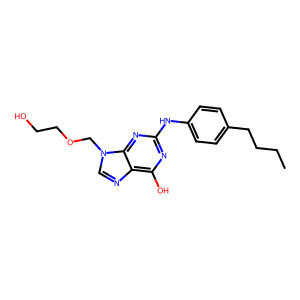
SMILES: CCCCc1ccc(Nc2nc(O)c3ncn(COCCO)c3n2)cc1
Inhibits HIV replication: No